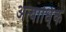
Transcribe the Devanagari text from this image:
अत्याधि्क